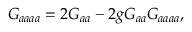
{ \cal G } _ { a a a a } = 2 { \cal G } _ { a a } - 2 g { \cal G } _ { a a } { \cal G } _ { a a a a } ,